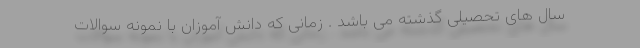
سال های تحصیلی گذشته می باشد . زمانی که دانش آموزان با نمونه سوالات